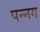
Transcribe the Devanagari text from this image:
पन्‍नग